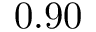
0 . 9 0